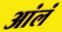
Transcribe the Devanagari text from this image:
आंलं